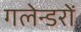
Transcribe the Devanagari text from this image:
गलेन्डरों